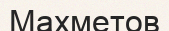
Махметов